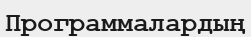
Программалардың